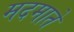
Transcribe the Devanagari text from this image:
मदमाते